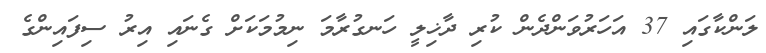
ލަންކާގައި 37 އަހަރުވަންދެން ކުރި ދާޚިލީ ހަނގުރާމަ ނިމުމަކަށް ގެނައި އިރު ސިފައިންގެ